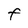
Character: F